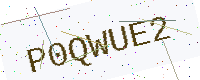
Text: P0QWUE2